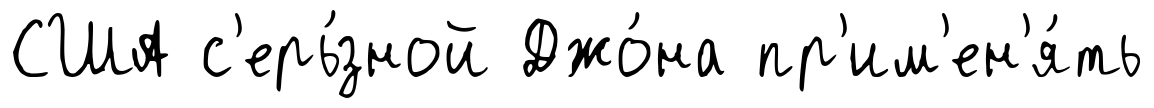
США с'ерь́зной Джо́на пр'им'ен'я́ть